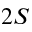
2 S